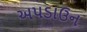
અપડાઉન